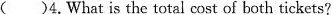
()4.What is the total cost of both tickets?